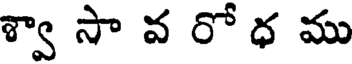
శ్వా సా వ రో ధ ము